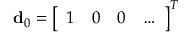
\mathbf { d } _ { 0 } = \left[ \begin{array} { c c c c } { 1 } & { 0 } & { 0 } & { \ldots } \end{array} \right] ^ { T }